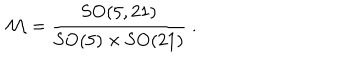
{ \cal M } = \frac { \mathrm { S O } ( 5 , 2 1 ) } { \mathrm { S O } ( 5 ) \times \mathrm { S O } ( 2 1 ) } \ .